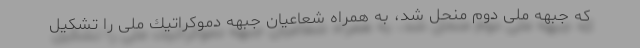
كه جبهه ملی دوم منحل شد، به همراه شعاعیان جبهه دموكراتیك ملی را تشكیل